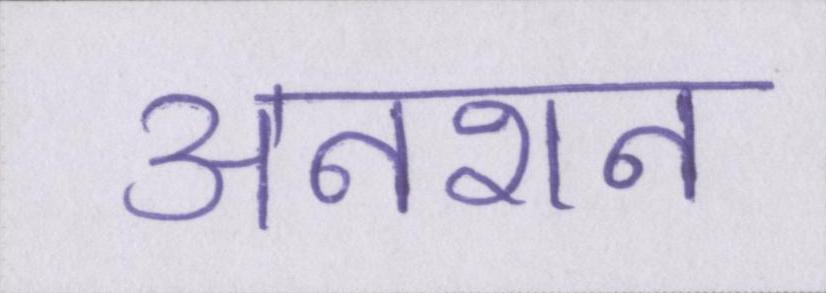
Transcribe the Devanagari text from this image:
अनशन